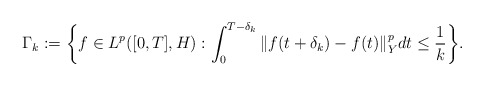
\begin{align*}\Gamma_k := \bigg\{ f\in L^p([0,T],H) : \int_0^{T-\delta_k} \Vert f(t+\delta_k) - f(t) \Vert_Y^p dt \leq \frac{1}{k} \bigg\} .\end{align*}